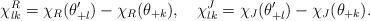
LaTeX: \begin{align*}\chi^{R}_{lk}=\chi_{R}(\theta'_{+l})-\chi_{R}(\theta_{+k}),\quad\chi^{J}_{lk}=\chi_{J}(\theta'_{+l})-\chi_{J}(\theta_{+k}).\end{align*}